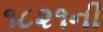
૧૮૨૧ની